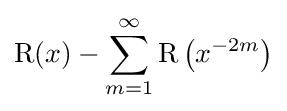
\operatorname {R} (x)-\sum _{m=1}^{\infty }\operatorname {R} \left(x^{-2m}\right)